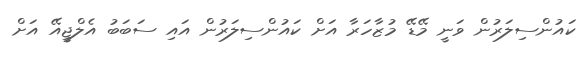
ކައުންސިލަރުން ވަނީ މޭޑޭ މުޒާހަރާ އަށް ކައުންސިލަރުން އައި ސަބަބު އެލްޖީއޭ އަށް